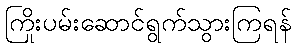
ကြိုးပမ်းဆောင်ရွက်သွားကြရန်